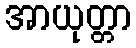
အာယုတ္တာ